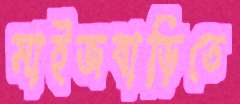
মাইজবাড়িতে